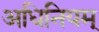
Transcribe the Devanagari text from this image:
अधिनियम्